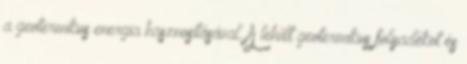
a geotermikus energia hasznosításával. A lehűlt geotermikus folyadékot és